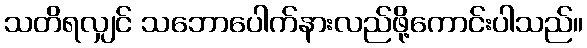
သတိရလျှင် သဘောပေါက်နားလည်ဖို့ကောင်းပါသည်။